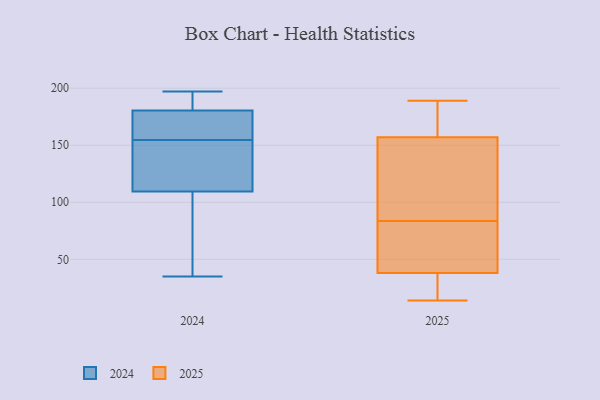
{"axis": {"x": "Headcount", "y": "Value"}, "legend": ["2024", "2025"], "data": [{"x": "", "y": 157, "type": "2025"}, {"x": "", "y": 38, "type": "2025"}, {"x": "", "y": 48, "type": "2025"}, {"x": "", "y": 25, "type": "2025"}, {"x": "", "y": 44, "type": "2025"}, {"x": "", "y": 122, "type": "2025"}, {"x": "", "y": 117, "type": "2025"}, {"x": "", "y": 14, "type": "2025"}, {"x": "", "y": 189, "type": "2025"}, {"x": "", "y": 20, "type": "2025"}, {"x": "", "y": 130, "type": "2025"}, {"x": "", "y": 158, "type": "2025"}, {"x": "", "y": 50, "type": "2025"}, {"x": "", "y": 163, "type": "2025"}, {"x": "", "y": 155, "type": "2024"}, {"x": "", "y": 154, "type": "2024"}, {"x": "", "y": 110, "type": "2024"}, {"x": "", "y": 109, "type": "2024"}, {"x": "", "y": 157, "type": "2024"}, {"x": "", "y": 172, "type": "2024"}, {"x": "", "y": 197, "type": "2024"}, {"x": "", "y": 189, "type": "2024"}, {"x": "", "y": 197, "type": "2024"}, {"x": "", "y": 172, "type": "2024"}, {"x": "", "y": 191, "type": "2024"}, {"x": "", "y": 153, "type": "2024"}, {"x": "", "y": 50, "type": "2024"}, {"x": "", "y": 154, "type": "2024"}, {"x": "", "y": 54, "type": "2024"}, {"x": "", "y": 35, "type": "2024"}]}